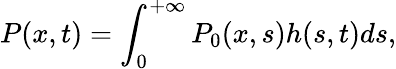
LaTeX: P(x,t)=\int_{0}^{+\infty}P_{0}(x,s)h(s,t)ds,